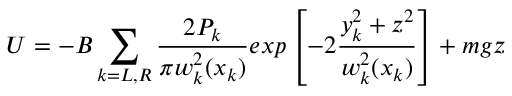
U = - B \sum _ { k = L , R } \frac { 2 P _ { k } } { \pi w _ { k } ^ { 2 } ( x _ { k } ) } e x p \left[ { - 2 \frac { y _ { k } ^ { 2 } + z ^ { 2 } } { w _ { k } ^ { 2 } ( x _ { k } ) } } \right] + m g z